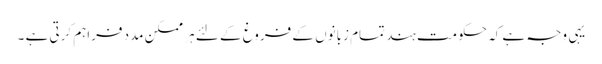
یہی وجہ ہے کہ حکومت ہند تمام زبانوں کے فروغ کے لئے ہر ممکن مدد فراہم کرتی ہے ۔